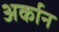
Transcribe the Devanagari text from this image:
अर्कान